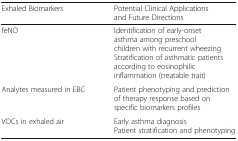
<table><thead><tr><td><b>Exhaled Biomarkers</b></td><td><b>Potential Clinical Applications and Future Directions</b></td></tr></thead><tbody><tr><td>feNO</td><td>Identification of early-onset asthma among preschool children with recurrent wheezingStratification of asthmatic patients according to eosinophilic inflammation (treatable trait)</td></tr><tr><td>Analytes measured in EBC</td><td>Patient phenotyping and prediction of therapy response based on specific biomarkers profiles</td></tr><tr><td>VOCs in exhaled air</td><td>Early asthma diagnosisPatient stratification and phenotyping</td></tr></tbody></table>